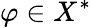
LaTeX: \varphi\in X^{*}